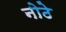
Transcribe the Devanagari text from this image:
नोठे